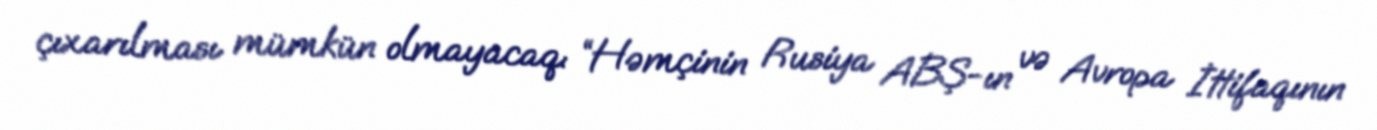
çıxarılması mümkün olmayacaq: “Həmçinin Rusiya ABŞ-ın və Avropa İttifaqının